system: You are a helpful assistant.
user:
Analyze the provided spectrum to determine if it is a **M-type Giant (gM)**.

A M-type Giant spectrum is defined by its **strong molecular absorption** features, particularly from **Titanium Oxide (TiO)**. You must check for one of the following mutually exclusive signatures:

- **Key Visual Indicators (Absorption-Dominated Spectrum):**

    - **(Primary):** The spectrum is dominated by strong molecular absorption from **Titanium Oxide (TiO)**. This is the **defining feature** of its M-type temperature class.
        - **(Key Bandheads):** Look for sharp, "saw-tooth" absorption valleys. The strongest are located near **~7050 Å**, **~6160 Å**, and **~5170 Å**.
        - **(Line Profile):** The "saw-tooth" morphology is critical: a **sharp, steep drop on the BLUE (short-wavelength) side** of the bandhead, followed by a gradual recovery (rising flux) towards the RED (long-wavelength) side.

    - **(Key Confirmation - Giant vs. Dwarf):** **ABSENCE** of strong **Calcium Hydride (CaH)** molecular bands. This is the primary diagnostic for *excluding* M-dwarfs.
        - **(Key Region):** The spectrum should lack the strong, broad absorption band seen in dwarfs between **~6800 Å and ~7000 Å**.

    - **(Secondary Confirmation - Giant):** A very strong and broad **Neutral Calcium (Ca I)** atomic absorption line.
        - **(Key Line):** Located at **~4226 Å**. In a giant (gM), this line is significantly deeper and broader than the same line in an M-dwarf (dM) due to low surface gravity.

    - **(Overall Spectrum):**
        - The continuum is **extremely red-sloping** (i.e., flux is very low in the blue and rises dramatically towards the red).
        - The entire spectrum appears "chopped up" by the deep TiO bands.

Think first, call **spectral_visualization_tool** if needed to examine features in detail, then provide your final answer. Your response must adhere to the following strict rules:
1.  **Overall Structure:** Your response must follow the format `<think>...</think> <tool_call>...</tool_call> (if a tool is used) <answer>...</answer>`.
2.  **Tool Usage Constraint:** You may only make **one** tool call per turn.
3.  **Final Answer Format:** In the `<answer>` tag, your conclusion must be inside a `\boxed{}` command (e.g., `\boxed{YES}` or `\boxed{NO}`), followed by your justification.

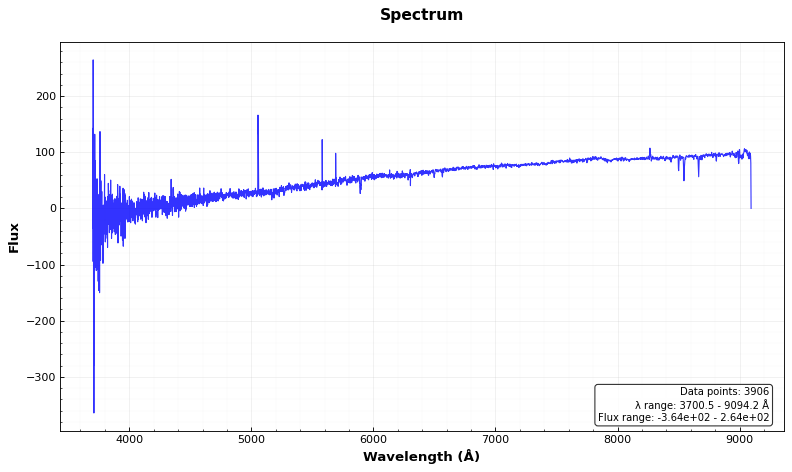
Answer: NO